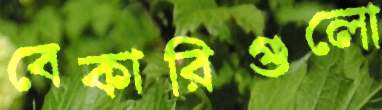
বেকারিগুলো